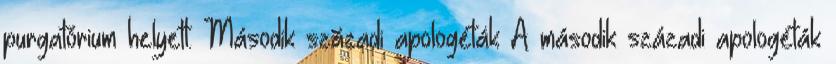
purgatórium helyett. Második századi apologéták A második századi apologéták